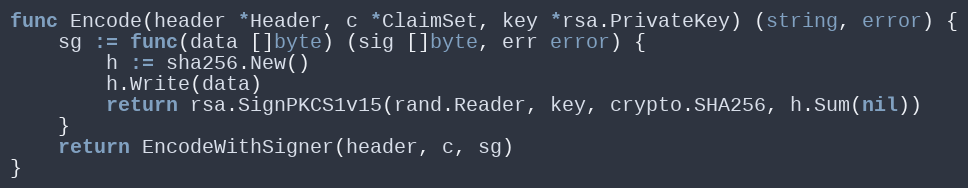
Language: Go
func Encode(header *Header, c *ClaimSet, key *rsa.PrivateKey) (string, error) {
	sg := func(data []byte) (sig []byte, err error) {
		h := sha256.New()
		h.Write(data)
		return rsa.SignPKCS1v15(rand.Reader, key, crypto.SHA256, h.Sum(nil))
	}
	return EncodeWithSigner(header, c, sg)
}